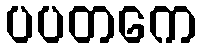
ပပတကေ